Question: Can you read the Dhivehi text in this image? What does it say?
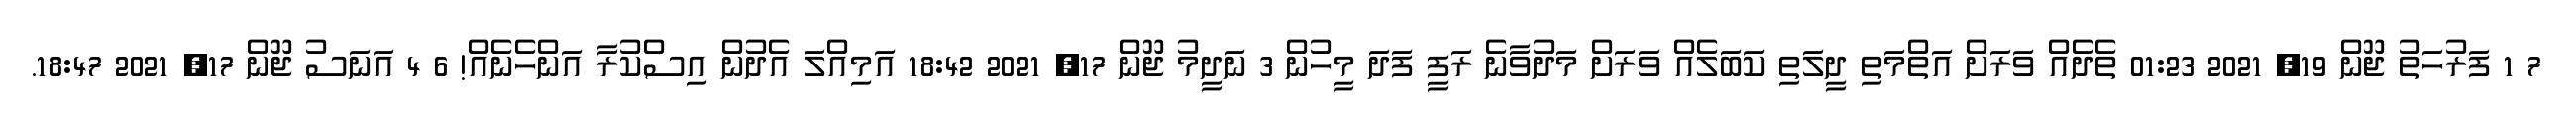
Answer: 7 1 ފަރުހަތު ޖޫން 19, 2021 01:23 ތެދެއް ވަރަށް އަތްމަތި ދީލަތި ކަބަލެއް ވަރަށް މަދުވާނެ ރަފީ ފަދަ މީހުން 3 ނަދީމު ޖޫން 17, 2021 18:42 އަމިއްލަ އެދުން އިސްކުރާ އަންހެނެއް! 6 4 އަނަސު ޖޫން 17, 2021 18:47.